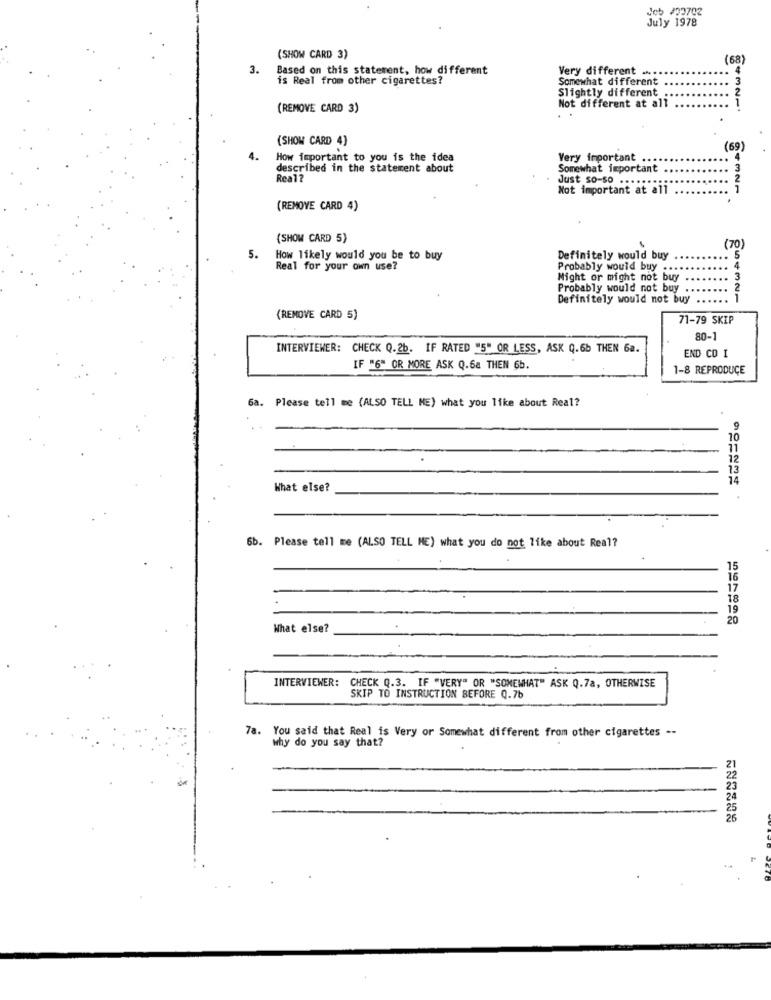
July 1978
(SHOW CARD 3)
(68)
3.
Based on this statement, how different
Very different ....
is Real from other cigarettes?
Somewhat different
Slightly different
(REMOVE CARD 3)
Not different at all
43211
(SHOW CARD 4)
(69)
4.
How important to you is the idea
Very important
described in the statement about
Somewhat important
Real?
Just so-so .....
Not important at all
4321
(REMOVE CARD 4)
(SHOW CARD 5)
(70)
5.
How likely would you be to buy
Definitely would buy
5
Real for your own use?
Probably would buy ...
4
Might or might not buy
3
Probably would not buy
2
Definitely would not buy
....
1
(REMOVE CARD 5)
71-79 SKIP
80-1
INTERVIEWER: CHECK Q.2b. IF RATED "5" OR LESS, ASK Q.6b THEN 6a.
END CO I
IF "6" OR MORE ASK Q.68 THEN 6b.
1-8 REPRODUCE
6a. Please tell me (ALSO TELL ME) what you like about Real?
9
10
11
12
14
What else?
6b.
Please tell me (ALSO TELL ME) what you do not like about Real?
15
16
17
18
19
What else?
INTERVIEWER: CHECK Q.3. IF "VERY" OR "SOMEWHAT" ASK Q.7a, OTHERWISE
SKIP TO INSTRUCTION BEFORE Q.7b
7a. You said that Real is Very or Somewhat different from other cigarettes --
why do you say that?
23
26